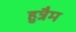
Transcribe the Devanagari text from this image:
हुन्नैम